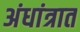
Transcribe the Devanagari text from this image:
अंधांत्रात